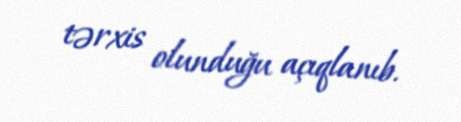
tərxis olunduğu açıqlanıb.